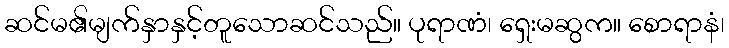
ဆင်မ၏မျက်နှာနှင့်တူသောဆင်သည်။ ပုရာဏံ၊ ရှေးမဆွက။ စောရာနံ၊